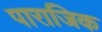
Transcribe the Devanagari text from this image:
पाराजिक